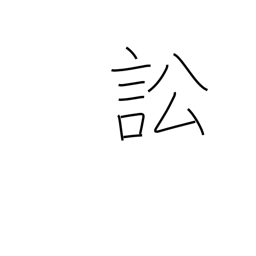
Meaning: accuse